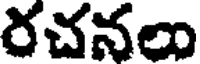
రచనలు